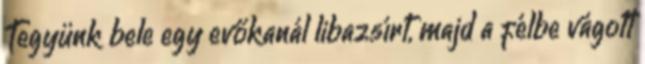
Tegyünk bele egy evőkanál libazsírt, majd a félbe vágott